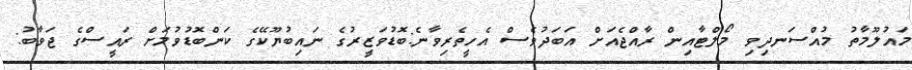
މައުލޫމާތު މުއްސަނދިވި މޯލްޓާއިން ރާއްޖެއަށް އަބަދުވެސް އެހީތެރިވާނެ:ބޮޑުވަޒީރުގެ ނައިބުޔޫކޭގެ ކަންބޮޑުވުމަށް ރައީސްގެ ޖަވާބު: